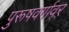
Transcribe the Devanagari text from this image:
पुरूषवर्गावर